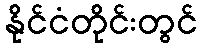
နိုင်ငံတိုင်းတွင်